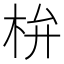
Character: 㭓